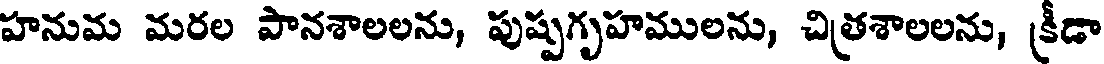
హనుమ మరల పానశాలలను, పుష్పగృహములను, చిత్రశాలలను, క్రీడా